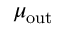
\mu _ { \mathrm { o u t } }